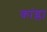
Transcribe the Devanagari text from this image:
कांग्ला